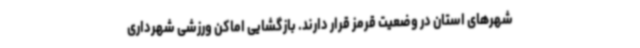
شهرهای استان در وضعیت قرمز قرار دارند. بازگشایی اماکن ورزشی شهرداری